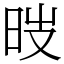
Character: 㫞